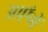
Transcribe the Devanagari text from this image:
आएँगें